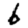
Digit: 6